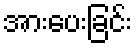
အားပေးခြင်း